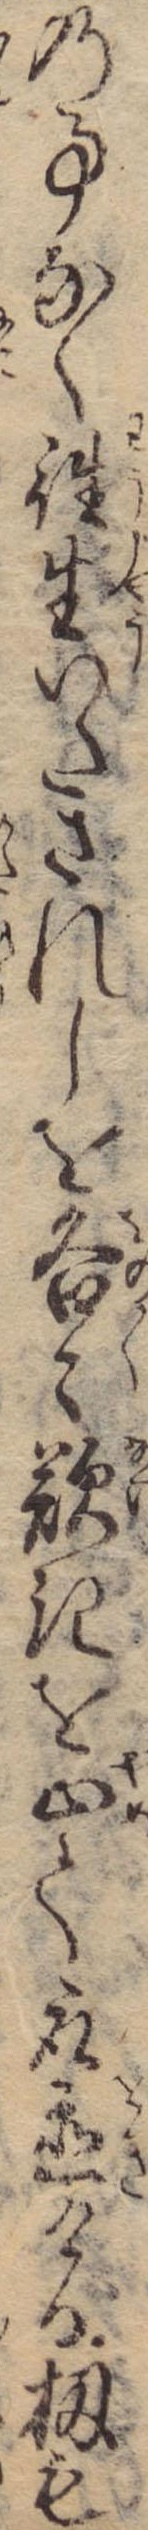
の事なく往生いたされしを各々歎きを止て取置ける扨も